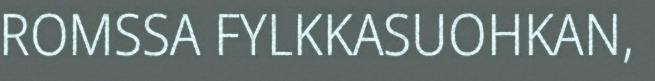
ROMSSA FYLKKASUOHKAN,